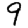
Digit: 9